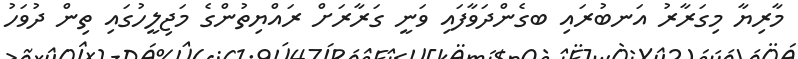
މާރިޔާ މިގަރާރު އަނބުރައި ބގެންދަވާފައި ވަނީ ގަރާރަށް ރައްޔިތުންގެ މަޖިލީހުގައި ތިން ދުވަހު